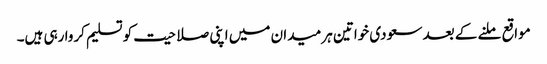
مواقع ملنے کے بعد سعودی خواتین ہر میدان میں اپنی صلاحیت کو تسلیم کروا رہی ہیں۔